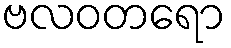
ဗလဝတရော